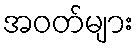
အဝတ်များ